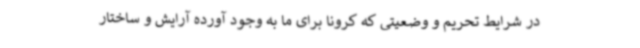
در شرایط تحریم و وضعیتی که کرونا برای ما به وجود آورده آرایش و ساختار